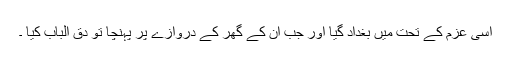
اسی عزم کے تحت میں بغداد گیا اور جب ان کے گھر کے دروازے پر پہنچا تو دق الباب کیا ۔